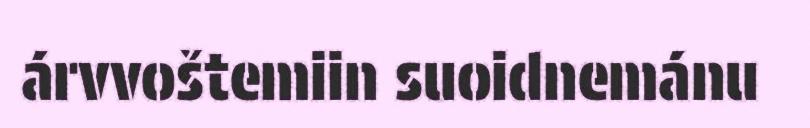
árvvoštemiin suoidnemánu